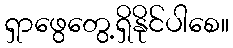
ရှာဖွေတွေ့ရှိနိုင်ပါစေ။